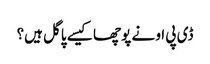
ڈی پی او نے پوچھا کیسے پاگل ہیں؟